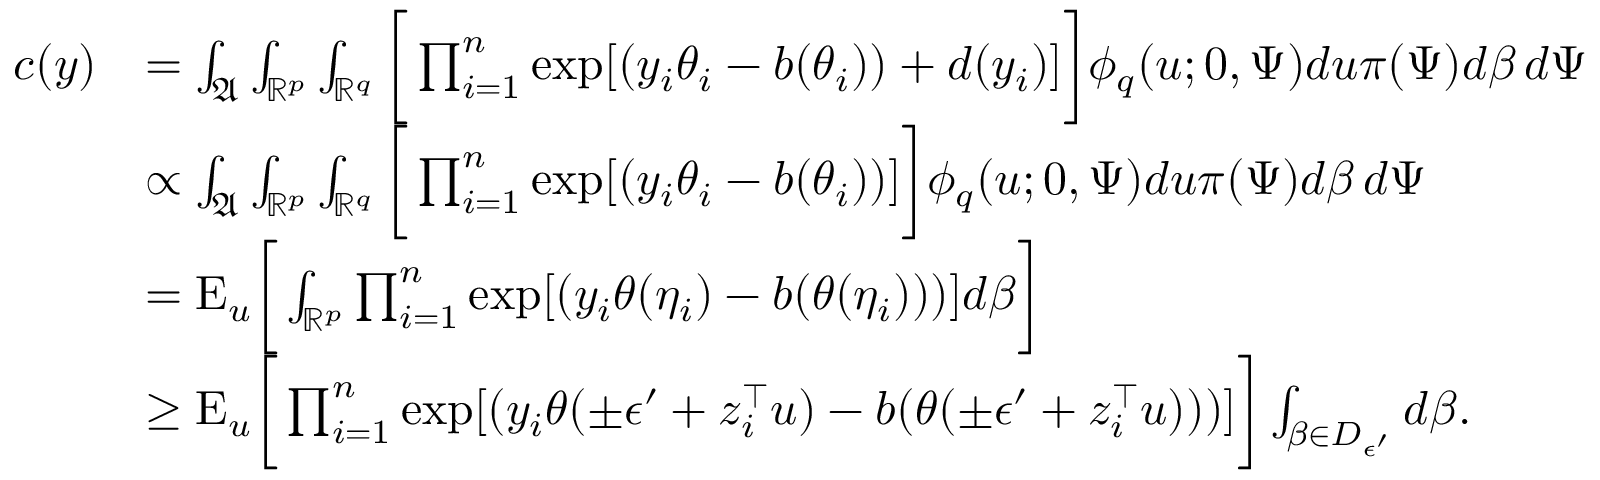
\begin{array} { r l } { c ( y ) } & { = \int _ { \mathfrak { A } } \int _ { \mathbb { R } ^ { p } } \int _ { \mathbb { R } ^ { q } } \bigg [ \prod _ { i = 1 } ^ { n } \exp [ ( y _ { i } \theta _ { i } - b ( \theta _ { i } ) ) + d ( y _ { i } ) ] \bigg ] \phi _ { q } ( u ; 0 , \Psi ) d u \pi ( \Psi ) d \beta \, d \Psi } \\ & { \propto \int _ { \mathfrak { A } } \int _ { \mathbb { R } ^ { p } } \int _ { \mathbb { R } ^ { q } } \bigg [ \prod _ { i = 1 } ^ { n } \exp [ ( y _ { i } \theta _ { i } - b ( \theta _ { i } ) ) ] \bigg ] \phi _ { q } ( u ; 0 , \Psi ) d u \pi ( \Psi ) d \beta \, d \Psi } \\ & { = { \mathrm { E } } _ { u } \bigg [ \int _ { \mathbb { R } ^ { p } } \prod _ { i = 1 } ^ { n } \exp [ ( y _ { i } \theta ( \eta _ { i } ) - b ( \theta ( \eta _ { i } ) ) ) ] d \beta \bigg ] } \\ & { \ge { \mathrm { E } } _ { u } \bigg [ \prod _ { i = 1 } ^ { n } \exp [ ( y _ { i } \theta ( \pm \epsilon ^ { \prime } + z _ { i } ^ { \top } u ) - b ( \theta ( \pm \epsilon ^ { \prime } + z _ { i } ^ { \top } u ) ) ) ] \bigg ] \int _ { \beta \in D _ { \epsilon ^ { \prime } } } d \beta . } \end{array}